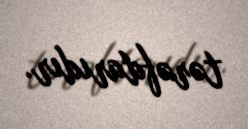
tərəfdarıdır.